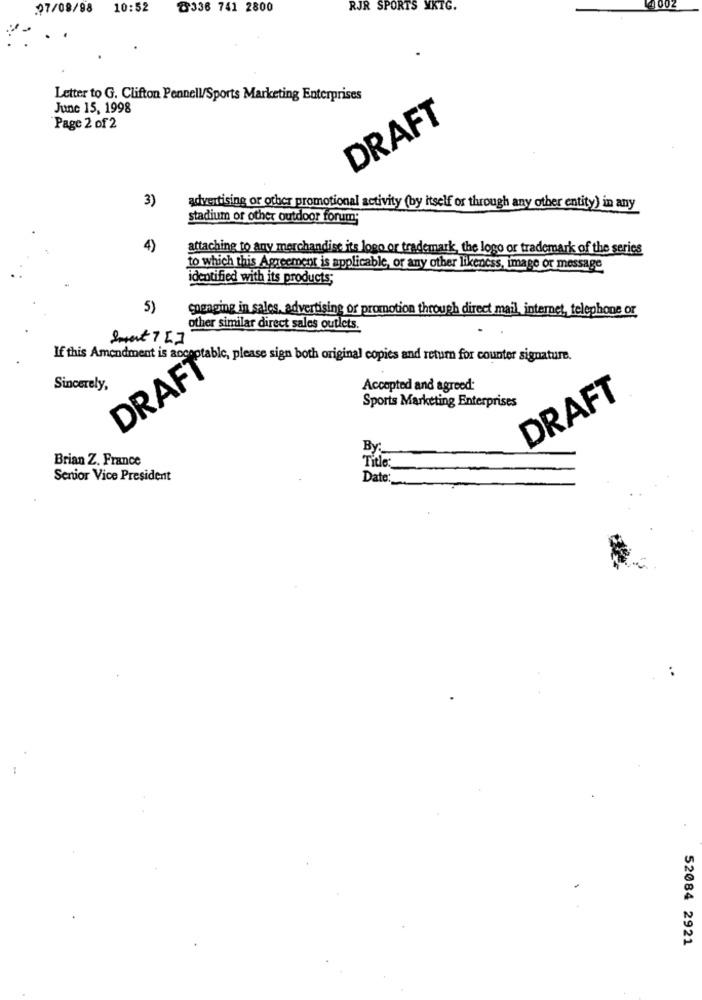
07/08/98 10:52
8336 741 2800
RJR SPORTS YKTG.
Letter to G. Clifton Pennell/Sports Marketing Enterprises
June 15, 1998
DRAFT
Page 2 of 2
3)
advertising or other promotional activity (by itself or through any other entity) in any
stadium or other outdoor forum;
4)
attaching to any merchandise its logo or trademark, the logo or trademark of the series
to which this Agreement is applicable, or any other likeness, image or message
identified with its products;
5)
coenging in sales, advertising or promotion through direct mail, internet, telephone or
other similar direct sales outlets.
Smart 7 []
If this Amendment is acceptable, please sign both original copies and return for counter signature.
DRAFT
Sincerely,
Accepted and agreed:
Sports Marketing Enterprises
DRAFT
Brian Z. France
Title:
Senior Vice President
Date:
52084 2921